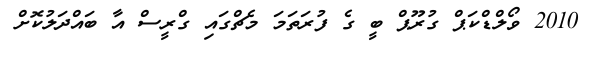
2010 ވޯލްޑްކަޕް ގުރޫޕް ބީ ގެ ފުރަތަމަ މެޗްގައި ގްރީސް އާ ބައްދަލުކޮށް